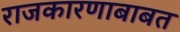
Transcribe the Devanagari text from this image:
राजकारणाबाबत